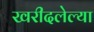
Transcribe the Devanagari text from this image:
खरीदलेल्या